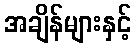
အချိန်များနှင့်